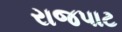
રાજપાટ